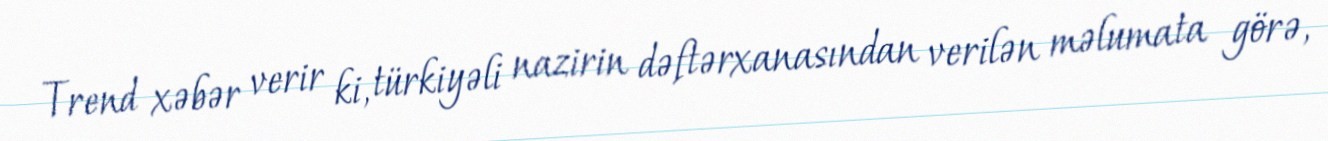
Trend xəbər verir ki, türkiyəli nazirin dəftərxanasından verilən məlumata görə,